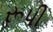
રૂપી